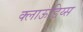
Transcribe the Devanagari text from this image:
क्लाऊडिय्स